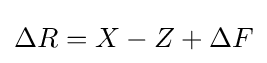
\Delta R=X-Z+\Delta F